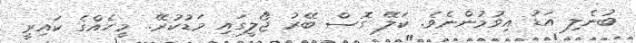
ބުނެލި އަޑު އިވުމުންނެވެ. ކަލޭ ގޮސް ބޭރު ޖޯލީގައި މަޑުކުރޭ.. މީހެއްގެ ކައިރީ